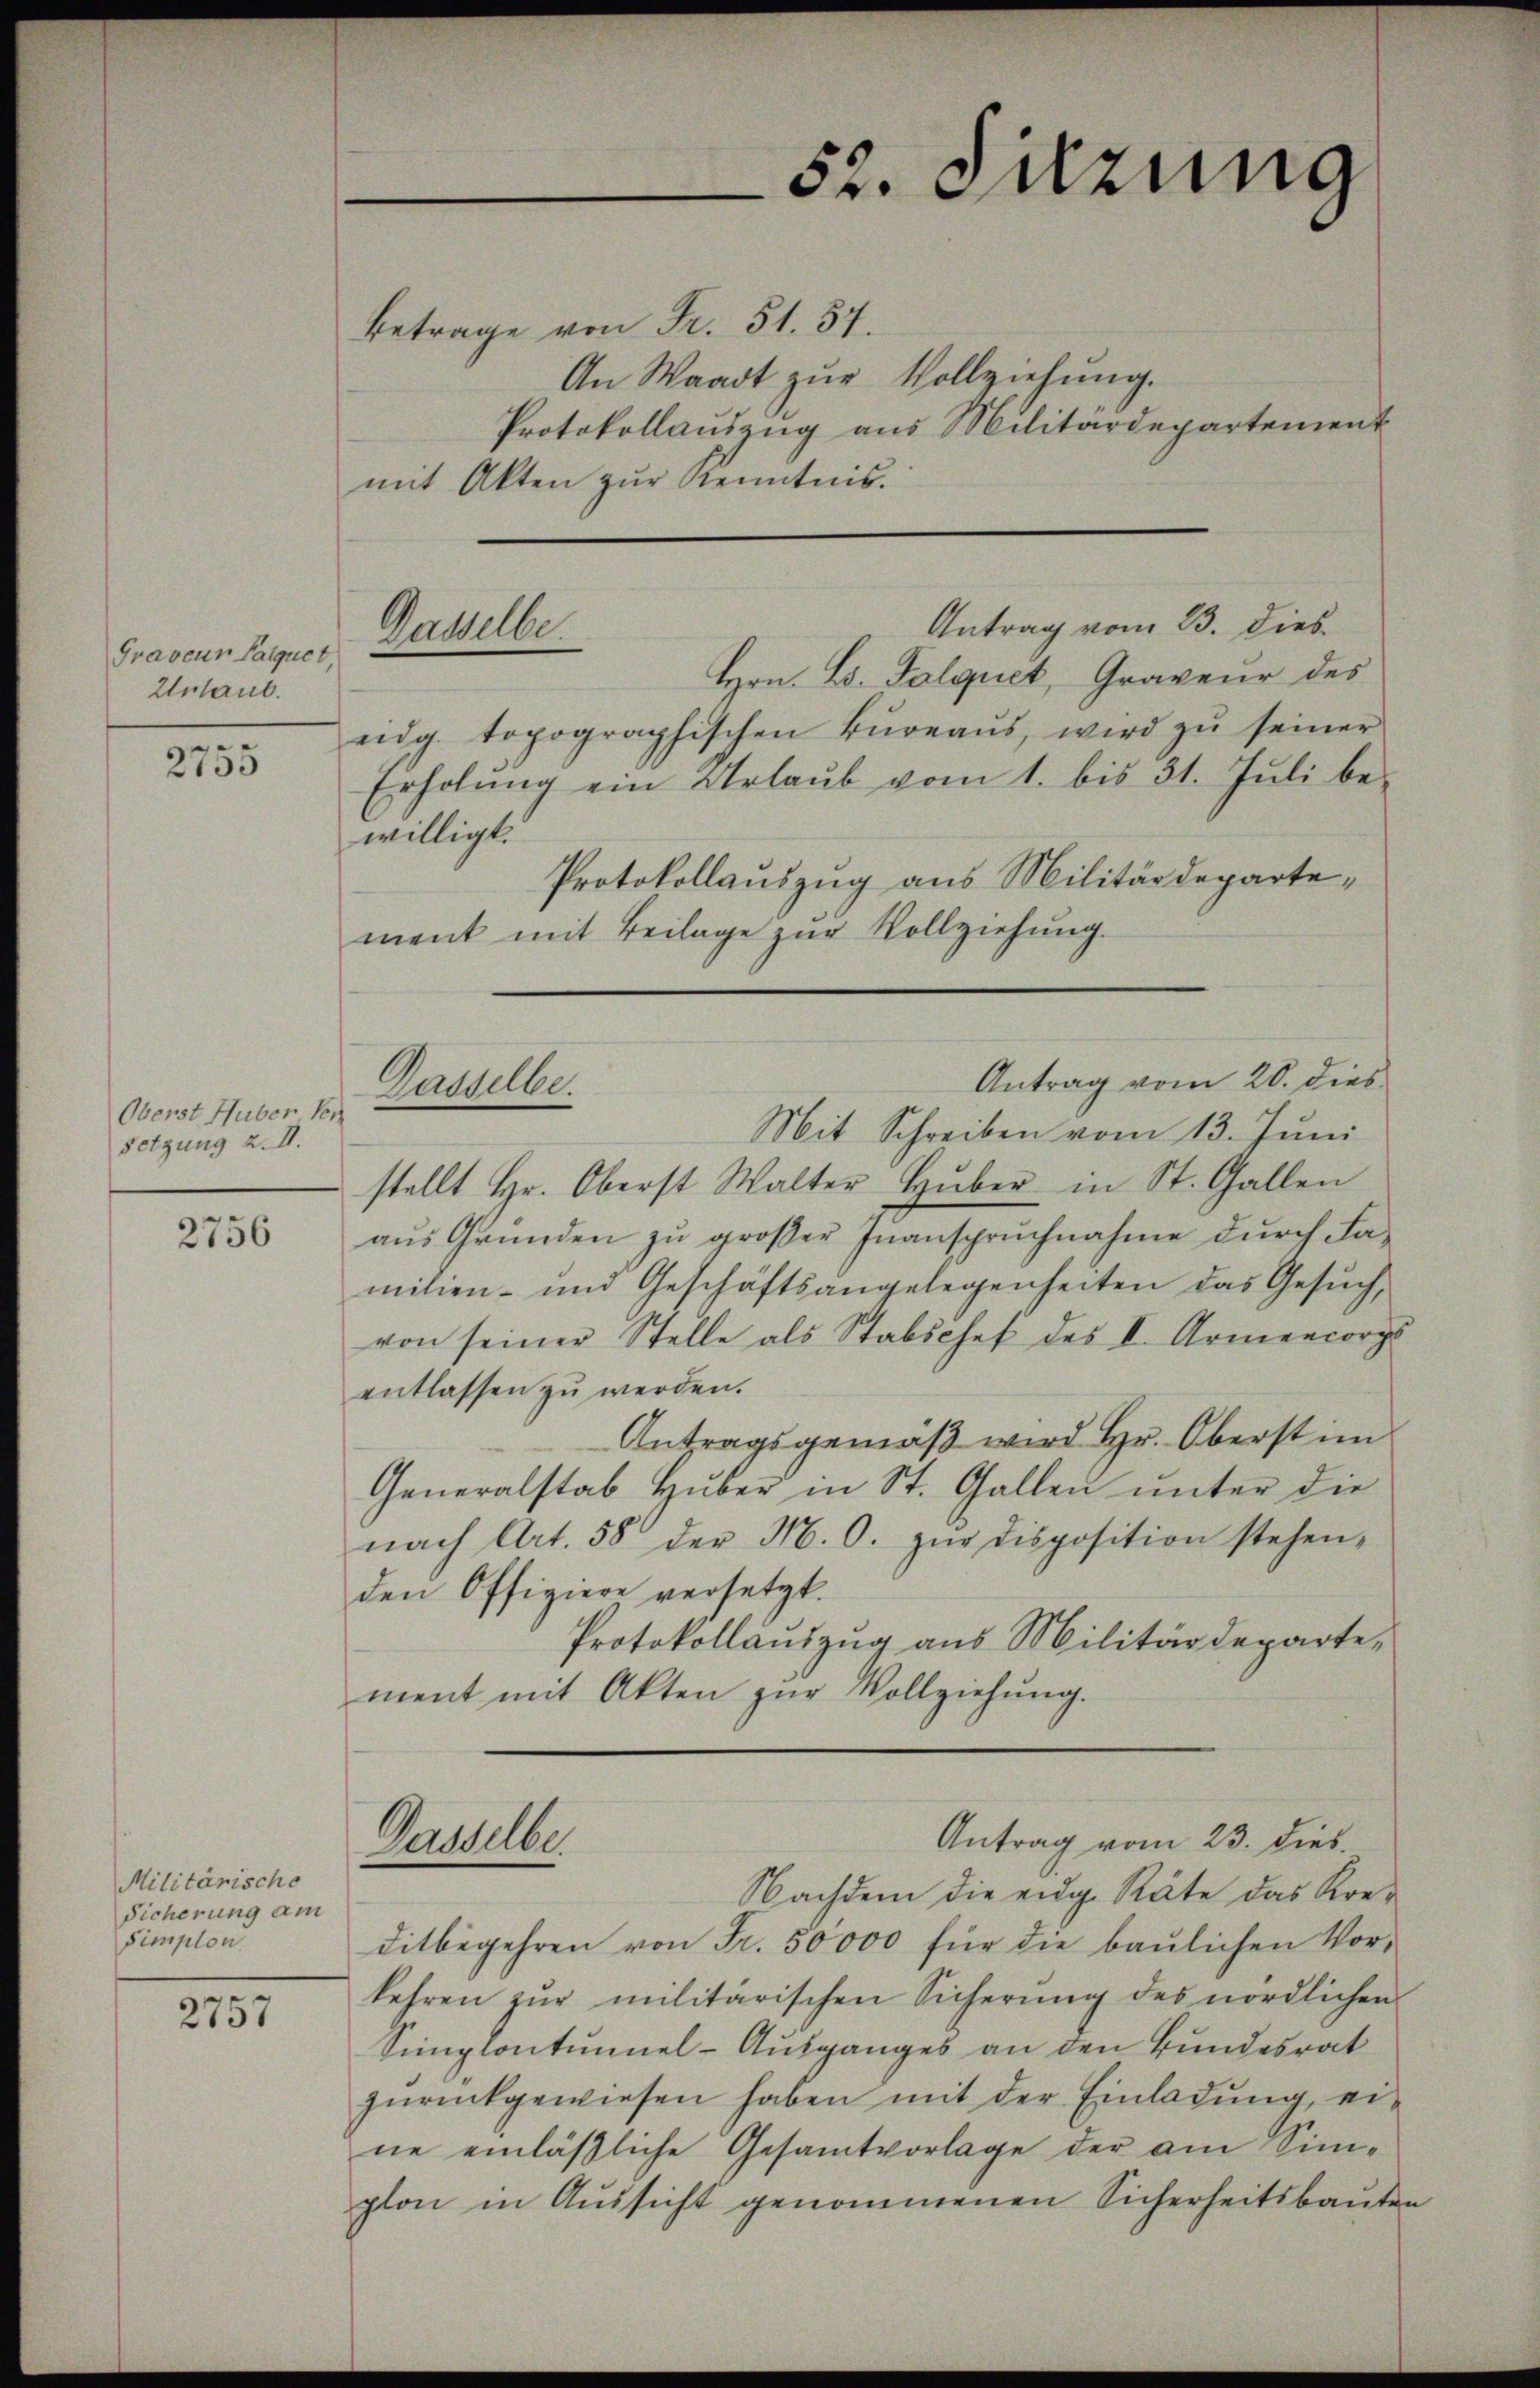
Graveur Parquet
Unlaub.

2755

Oberst Huber Ver
setzung 2. II.

2756

Militärische
Sicherung am
Simplon

2757

Betrage von Fr. 51. 57.
An Waadt zur Vollziehung.
Protokollauszug aus Militärdepartement
mit Akten zur Kenntnis.

Gasselbe

Dasselbe.

Dasselber

willigt.

eig. topographischen Büreaŭs, wird zŭ seiner
Erholŭng ein Urlaŭb vom 1. bis 31. Jŭli be-

Antrag vom 23. dies
Hrn. L. Talquet, Graveur des

ment mit Beilage zur Vollziehung.

52. Setzung

Antrag vom 23. dies

Protokollauszug aus Militärdeparte¬
Antrag vom 20. dies
Mit Schreiben vom 13. Juni
stellt Hr. Oberst Walter Hŭber in St. Gallen
aus Gründen zu großer Inanspruchnahme durch Familien- und Geschäftsangelegenheiten das Gesŭch,
von seiner Stelle als Stabschef des I. Armencorps
entlassen zu werden.
Antragsgemäß wird Hr. Oberst im
Generalstab Hŭber in St. Gallen ŭnter die
nach Art. 58 der M. O. zŭr disposition stehen,
den Offiziere versetzt.
Protokollauszug aus Militärdepartement mit Akten zur Vollziehung.

Nachdem die eidg. Räte das Kre-
ditbegehren von Fr. 50000 für die baŭlichen Vor-
kehren zŭr militärischen Sicherŭng des nördlichen
Simplontumel-Ausganges an den Bundesrat
zŭrückgewiesen haben mit der Einladŭng, ei-
ne einläßliche Gesamtvorlage der am Sinplon in Aussicht genommenen Sicherheitsbauten